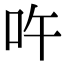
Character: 吘